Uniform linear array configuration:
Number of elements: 24
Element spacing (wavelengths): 0.75
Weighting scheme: cosine
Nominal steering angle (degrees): -30
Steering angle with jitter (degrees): -29.908
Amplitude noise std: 0.05
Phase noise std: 0.05

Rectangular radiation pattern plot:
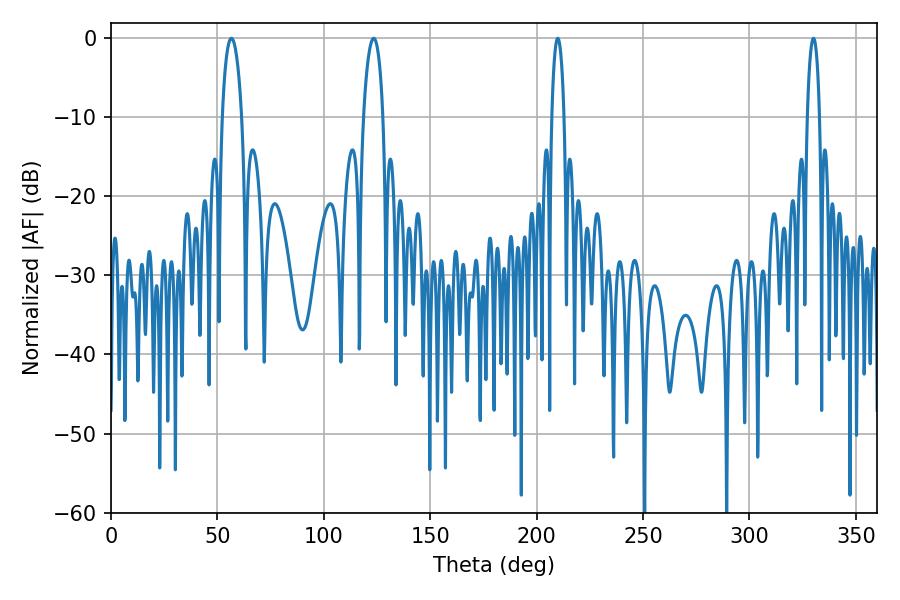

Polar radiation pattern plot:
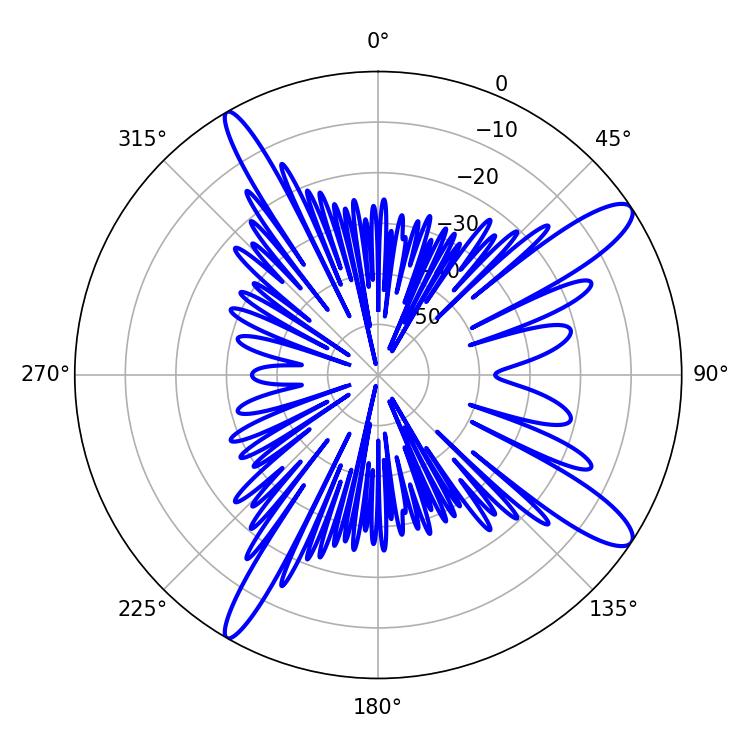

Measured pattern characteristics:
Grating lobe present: TRUE
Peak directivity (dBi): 12.761
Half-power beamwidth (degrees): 5.22
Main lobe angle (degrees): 123.48